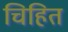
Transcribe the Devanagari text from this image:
चिहित